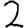
Digit: 2